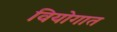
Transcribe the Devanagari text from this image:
वियोगात